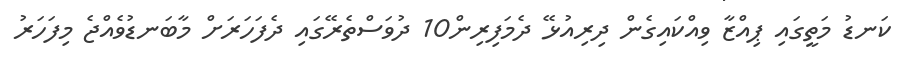
ކަނޑު މަތީގައި ޕިއްޒާ ވިއްކައިގެން ދިރިއުޅޭ ދެމަފިރިން10 ދުވަސްތެރޭގައި ދެފަހަރަށް މާބަނޑުވެއްޖެ މިފަހަރު